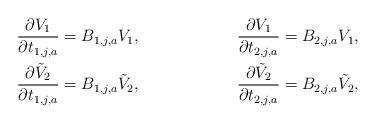
LaTeX: \begin{align*}\frac{\partial V_1}{\partial t_{1,j,a}}&= B_{1,j,a}V_1,&\frac{\partial V_1}{\partial t_{2,j,a}}&= B_{2,j,a}V_1,\\\frac{\partial \tilde V_2}{\partial t_{1,j,a}}&=B_{1,j,a}\tilde V_2, &\frac{\partial \tilde V_2}{\partial t_{2,j,a}}&= B_{2,j,a}\tilde V_2,\end{align*}